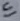
Text: In